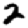
Digit: 2